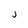
Character: j